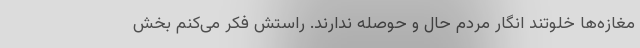
مغازه‌ها خلوتند انگار مردم حال و حوصله ندارند. راستش فکر می‌کنم بخش